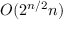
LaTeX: O ( 2 ^ { n / 2 } n )